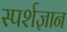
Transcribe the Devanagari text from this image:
स्‍पर्शज्ञान